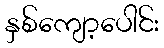
နှစ်ကျော့ပေါင်း